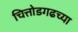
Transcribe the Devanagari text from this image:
चित्तोडगढच्या